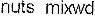
NUTS MIXWD